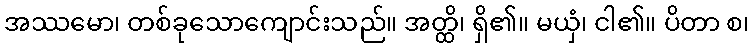
အဿမော၊ တစ်ခုသောကျောင်းသည်။ အတ္ထိ၊ ရှိ၏။ မယှံ၊ ငါ၏။ ပိတာ စ၊